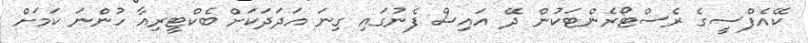
ކޭއެފްސީގެ ރެސްޓޯރެންޓަކުން ދޭ އައިސް ފެނުގައި ގިނަ އަދަދަކަށް ބެކްޓީރިއާ ހުންނަ ކަމަށް